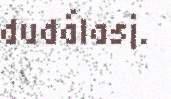
dudálasj.